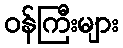
ဝန်ကြီးများ